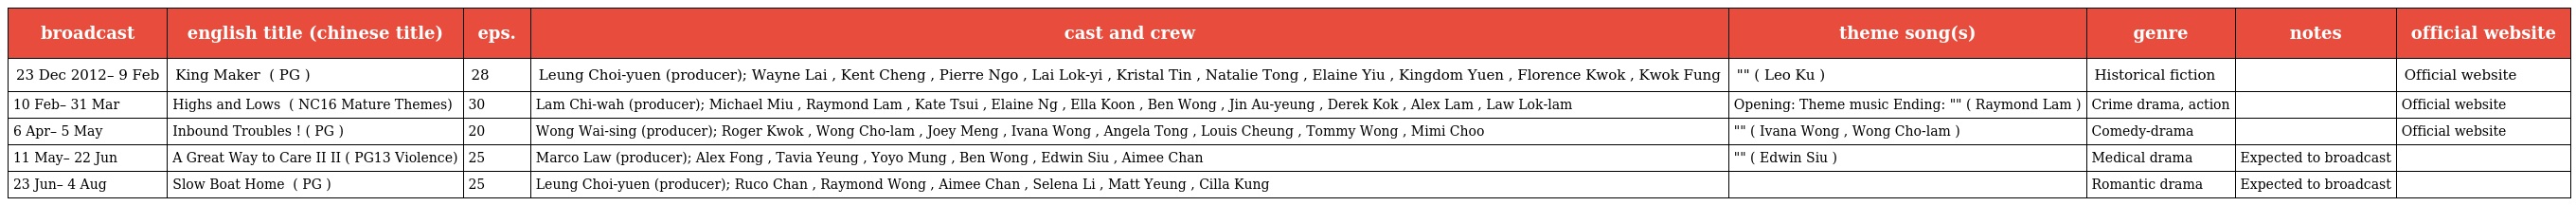
| broadcast | english title (chinese title) | eps. | cast and crew | theme song(s) | genre | notes | official website |
 | --- | --- | --- | --- | --- | --- | --- | --- |
 | 23 Dec 2012– 9 Feb | King Maker 造王者 ( PG ) | 28 | Leung Choi-yuen (producer); Wayne Lai , Kent Cheng , Pierre Ngo , Lai Lok-yi , Kristal Tin , Natalie Tong , Elaine Yiu , Kingdom Yuen , Florence Kwok , Kwok Fung | "追夢者" ( Leo Ku ) | Historical fiction |  | Official website |
 | 10 Feb– 31 Mar | Highs and Lows 雷霆掃毒 ( NC16 Mature Themes) | 30 | Lam Chi-wah (producer); Michael Miu , Raymond Lam , Kate Tsui , Elaine Ng , Ella Koon , Ben Wong , Jin Au-yeung , Derek Kok , Alex Lam , Law Lok-lam | Opening: Theme music Ending: "幼稚完" ( Raymond Lam ) | Crime drama, action |  | Official website |
 | 6 Apr– 5 May | Inbound Troubles 老表，你好嘢! ( PG ) | 20 | Wong Wai-sing (producer); Roger Kwok , Wong Cho-lam , Joey Meng , Ivana Wong , Angela Tong , Louis Cheung , Tommy Wong , Mimi Choo | "大家" ( Ivana Wong , Wong Cho-lam ) | Comedy-drama |  | Official website |
 | 11 May– 22 Jun | A Great Way to Care II 仁心解碼II ( PG13 Violence) | 25 | Marco Law (producer); Alex Fong , Tavia Yeung , Yoyo Mung , Ben Wong , Edwin Siu , Aimee Chan | "圍牆" ( Edwin Siu ) | Medical drama | Expected to broadcast |  |
 | 23 Jun– 4 Aug | Slow Boat Home 情越海岸線 ( PG ) | 25 | Leung Choi-yuen (producer); Ruco Chan , Raymond Wong , Aimee Chan , Selena Li , Matt Yeung , Cilla Kung |  | Romantic drama | Expected to broadcast |  |